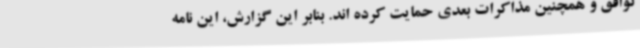
توافق و همچنین مذاکرات بعدی حمایت کرده اند. بنابر این گزارش، این نامه